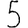
Digit: 5